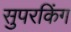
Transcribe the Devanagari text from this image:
सुपरकिंग